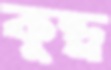
কুন্ড্র